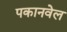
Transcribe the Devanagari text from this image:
पकानवेल